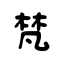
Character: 梵